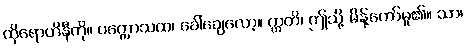
ထိုရောဟိနီကို။ ပက္ကောသထ၊ ခေါ်ချေလော့။ ဣတိ၊ ဤသို့ မိန့်တော်မူ၏။ သာ၊